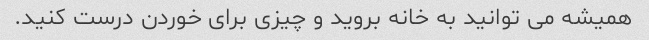
همیشه می توانید به خانه بروید و چیزی برای خوردن درست کنید.